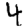
Digit: 4